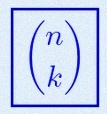
\binom{n}{k}